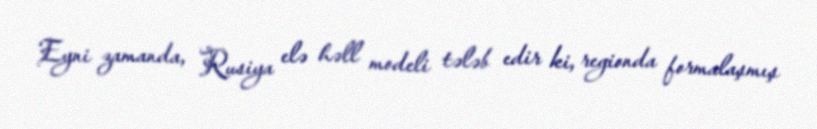
Eyni zamanda, Rusiya elə həll modeli tələb edir ki, regionda formalaşmış